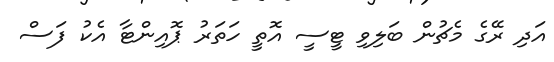
އަދި ރޭގެ މެޗުން ބަލިވި ޓީސީ އޮތީ ހަތަރު ޕޮއިންޓާ އެކު ފަސް